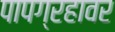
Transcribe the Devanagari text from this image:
पापग्रहावर